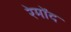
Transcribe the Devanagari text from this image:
रेमोंद